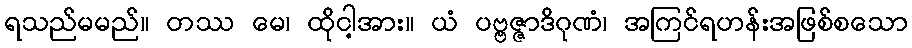
ရသည်မမည်။ တဿ မေ၊ ထိုငါ့အား။ ယံ ပဗ္ဗဇ္ဇာဒိဂုဏံ၊ အကြင်ရဟန်းအဖြစ်စသော